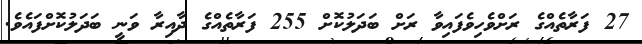
27 ފަރާތެއްގެ ރަށްވެހިވެފައިވާ ރަށް ބަދަލުކޮށް 255 ފަރާތެއްގެ ދާއިރާ ވަނީ ބަދަލުކޮށްފައެވެ.